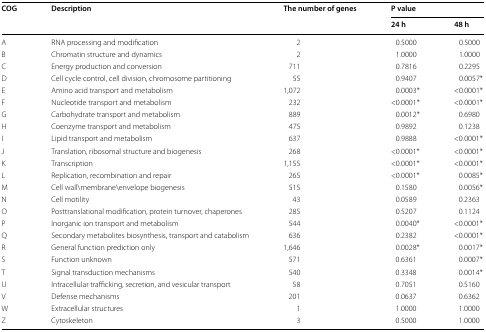
<table><thead><tr><td rowspan="2"><b>COG</b></td><td rowspan="2"><b>Description</b></td><td rowspan="2"><b>The number of genes</b></td><td colspan="2"><b>P value</b></td></tr><tr><td><b>24 h</b></td><td><b>48 h</b></td></tr></thead><tbody><tr><td>A</td><td>RNA processing and modification</td><td>2</td><td>0.5000</td><td>0.5000</td></tr><tr><td>B</td><td>Chromatin structure and dynamics</td><td>2</td><td>1.0000</td><td>1.0000</td></tr><tr><td>C</td><td>Energy production and conversion</td><td>711</td><td>0.7816</td><td>0.2295</td></tr><tr><td>D</td><td>Cell cycle control, cell division, chromosome partitioning</td><td>55</td><td>0.9407</td><td>0.0057*</td></tr><tr><td>E</td><td>Amino acid transport and metabolism</td><td>1,072</td><td>0.0003*</td><td>&lt;0.0001*</td></tr><tr><td>F</td><td>Nucleotide transport and metabolism</td><td>232</td><td>&lt;0.0001*</td><td>&lt;0.0001*</td></tr><tr><td>G</td><td>Carbohydrate transport and metabolism</td><td>889</td><td>0.0012*</td><td>0.6980</td></tr><tr><td>H</td><td>Coenzyme transport and metabolism</td><td>475</td><td>0.9892</td><td>0.1238</td></tr><tr><td>I</td><td>Lipid transport and metabolism</td><td>637</td><td>0.9888</td><td>&lt;0.0001*</td></tr><tr><td>J</td><td>Translation, ribosomal structure and biogenesis</td><td>268</td><td>&lt;0.0001*</td><td>&lt;0.0001*</td></tr><tr><td>K</td><td>Transcription</td><td>1,155</td><td>&lt;0.0001*</td><td>&lt;0.0001*</td></tr><tr><td>L</td><td>Replication, recombination and repair</td><td>265</td><td>&lt;0.0001*</td><td>0.0085*</td></tr><tr><td>M</td><td>Cell wall\membrane\envelope biogenesis</td><td>515</td><td>0.1580</td><td>0.0056*</td></tr><tr><td>N</td><td>Cell motility</td><td>43</td><td>0.0589</td><td>0.2363</td></tr><tr><td>O</td><td>Posttranslational modification, protein turnover, chaperones</td><td>285</td><td>0.5207</td><td>0.1124</td></tr><tr><td>P</td><td>Inorganic ion transport and metabolism</td><td>544</td><td>0.0040*</td><td>&lt;0.0001*</td></tr><tr><td>Q</td><td>Secondary metabolites biosynthesis, transport and catabolism</td><td>636</td><td>0.2382</td><td>&lt;0.0001*</td></tr><tr><td>R</td><td>General function prediction only</td><td>1,646</td><td>0.0028*</td><td>0.0017*</td></tr><tr><td>S</td><td>Function unknown</td><td>571</td><td>0.6361</td><td>0.0007*</td></tr><tr><td>T</td><td>Signal transduction mechanisms</td><td>540</td><td>0.3348</td><td>0.0014*</td></tr><tr><td>U</td><td>Intracellular trafficking, secretion, and vesicular transport</td><td>58</td><td>0.7051</td><td>0.5160</td></tr><tr><td>V</td><td>Defense mechanisms</td><td>201</td><td>0.0637</td><td>0.6362</td></tr><tr><td>W</td><td>Extracellular structures</td><td>1</td><td>1.0000</td><td>1.0000</td></tr><tr><td>Z</td><td>Cytoskeleton</td><td>3</td><td>0.5000</td><td>1.0000</td></tr></tbody></table>